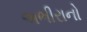
અભીરાનો